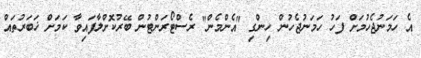
އެ ހަމަނުޖެހުމަށް ފަހު ހަމަނުޖެހުން ހިންގި "އެންމެން" ރެސްޓޯރަންޓުން ބޭރުކޮށްލާފައިވާ ކަމަށް ޚަބަރުތައް